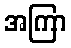
အကြာ